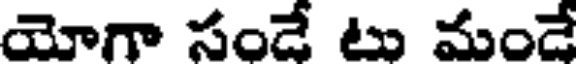
యోగా సండే టు మండే